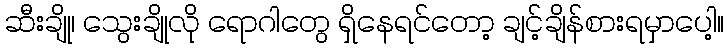
ဆီးချို၊ သွေးချိုလို ရောဂါတွေ ရှိနေရင်တော့ ချင့်ချိန်စားရမှာပေါ့။